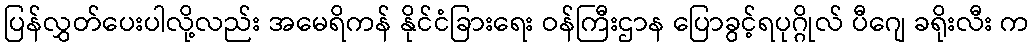
ပြန်လွှတ်ပေးပါလို့လည်း အမေရိကန် နိုင်ငံခြားရေး ဝန်ကြီးဌာန ပြောခွင့်ရပုဂ္ဂိုလ် ပီဂျေ ခရိုးလီး က